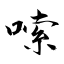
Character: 嗦